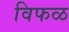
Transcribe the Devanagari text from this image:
विफळ